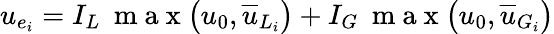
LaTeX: u_{e_{i}}=I_{L}\: \mathrm{~m~a~x~}\big(u_{0},\overline{{u}}_{L_{i}}\big)+I_{G}\: \mathrm{~m~a~x~}\big(u_{0},\overline{{u}}_{G_{i}}\big)